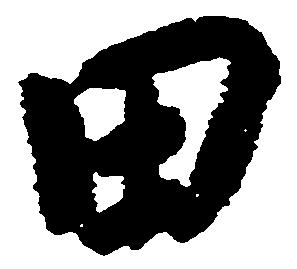
田